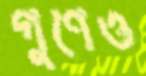
গুণেও